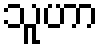
သူဟာ